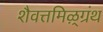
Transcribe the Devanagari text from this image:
शैवत्तमिऴ्‌ग्रंथ